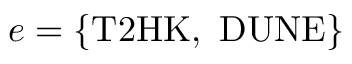
e = \{ \mathrm { T 2 H K } , ~ \mathrm { D U N E } \}